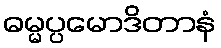
ဓမ္မပ္ပမောဒိတာနံ